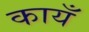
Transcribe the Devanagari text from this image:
कायँ